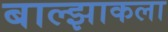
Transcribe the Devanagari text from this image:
बाल्झाकला